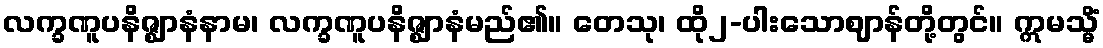
လက္ခဏူပနိဇ္ဈာနံနာမ၊ လက္ခဏူပနိဇ္ဈာနံမည်၏။ တေသု၊ ထို၂-ပါးသောဈာန်တို့တွင်။ ဣမသ္မိံ